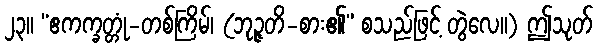
၂၃။ “ဧကက္ခတ္တုံ-တစ်ကြိမ်၊ (ဘုဉ္ဇတိ-စား၏” စသည်ဖြင့် တွဲလေ။) ဤသုတ်